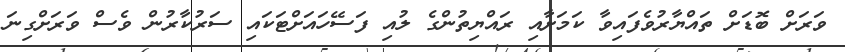
ވަރަށް ބޮޑަށް ތައްޔާރުވެފައިވާ ކަމަށާއި ރައްޔިތުންގެ ލުއި ފަސޭހައަށްޓަކައި ސަރުކާރުން ވެސް ވަރަށްގިނަ